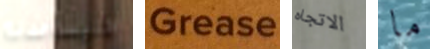
فليساعدنا Grease الاتجاه ما